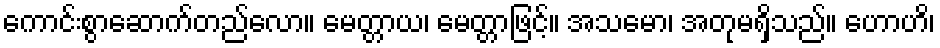
ကောင်းစွာဆောက်တည်လော။ မေတ္တာယ၊ မေတ္တာဖြင့်။ အသမော၊ အတုမရှိသည်။ ဟောဟိ၊